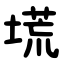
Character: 塃